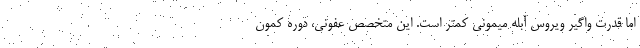
اما قدرت واگیر ویروس آبله میمونی کمتر است. این متخصص عفونی، دوره کمون